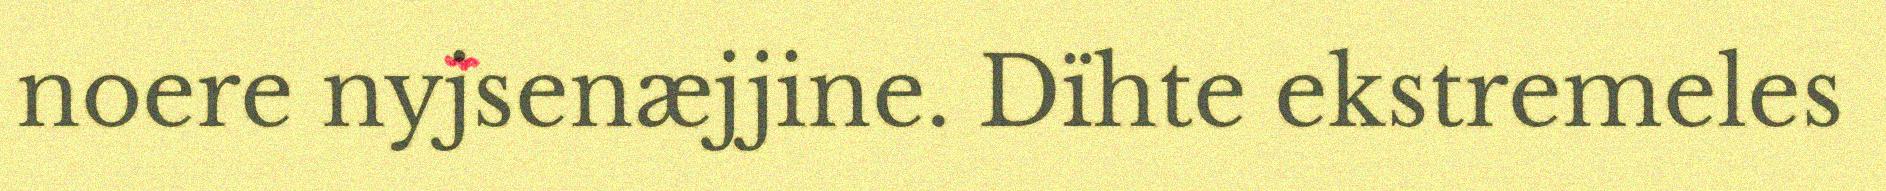
noere nyjsenæjjine. Dïhte ekstremeles